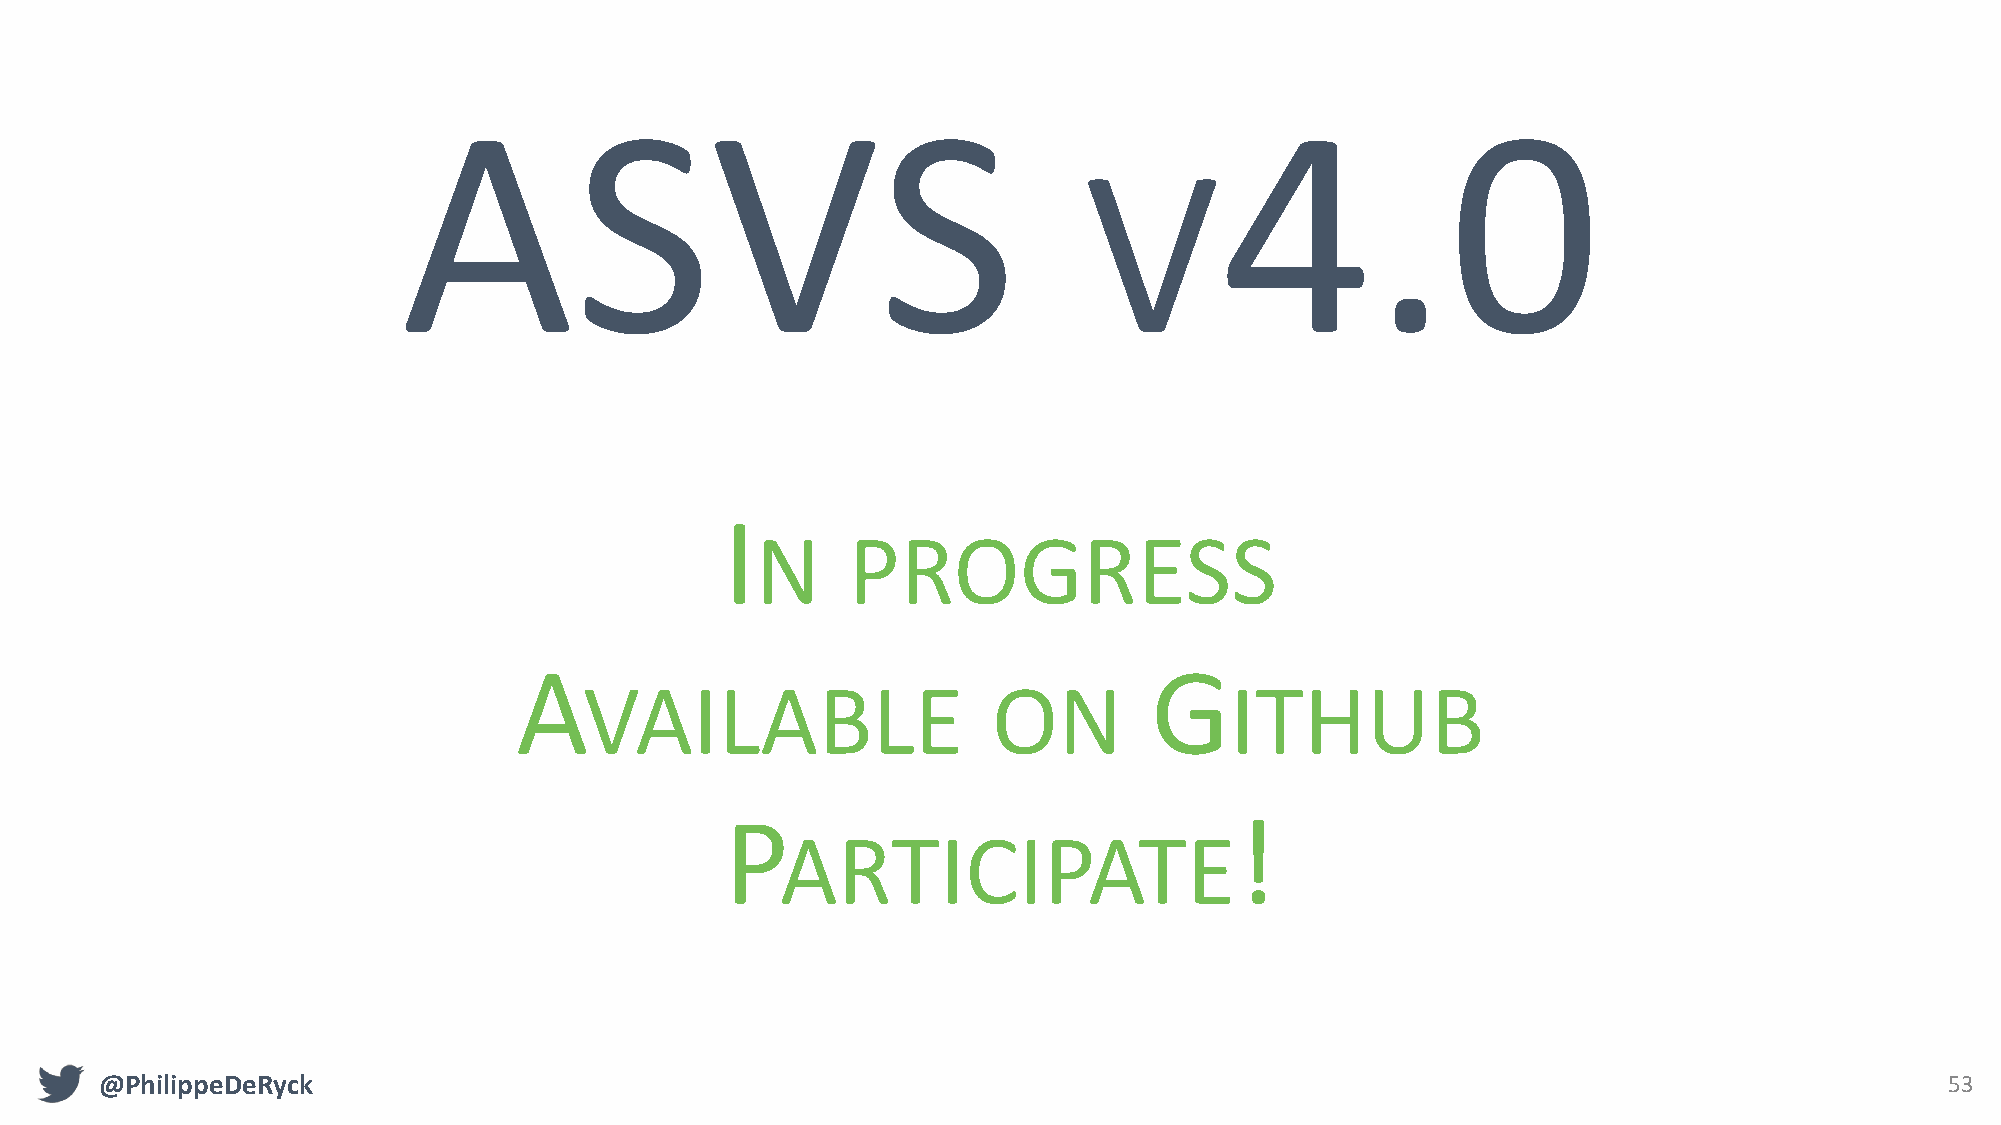
ASVS                                                   4.0
 V
 I
 N     PROGRESS
 A                                         G
 VAILABLE                   ON             ITHUB
 P                                 !
 ARTICIPATE
 @PhilippeDeRyck                                                                                                           53